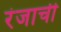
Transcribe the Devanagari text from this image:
रंजाची